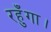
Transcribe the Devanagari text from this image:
रहुँगा।